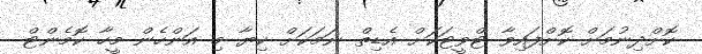
ކޮށްދިނުމަށް ކޮށްފައިވާ ޓްވީޓަކަށް އެޑިތް ނަމަކަށް ކިޔާ މި އަންހެން މީހާ ކޮމެންޓް